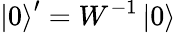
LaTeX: \left|0\right>^{\prime}=W^{-1}\left|0\right>